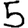
Digit: 5